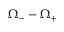
\Omega _ { - } - \Omega _ { + }